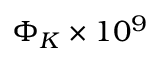
\Phi _ { K } \times 1 0 ^ { 9 }